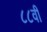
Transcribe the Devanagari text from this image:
८८वी